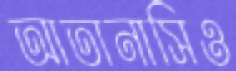
আতানাসিও